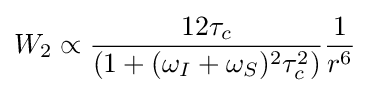
W_{2}\propto {\frac {12\tau _{c}}{(1+(\omega _{I}+\omega _{S})^{2}\tau _{c}^{2})}}{\frac {1}{r^{6}}}